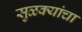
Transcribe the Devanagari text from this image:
सुळक्यांचा